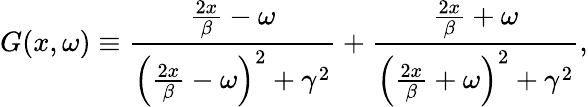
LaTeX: G(x,\omega)\equiv\frac{\frac{2x}{\beta}-\omega}{\left(\frac{2x}{\beta}-\omega\right)^{2}+\gamma^{2}}+\frac{\frac{2x}{\beta}+\omega}{\left(\frac{2x}{\beta}+\omega\right)^{2}+\gamma^{2}},